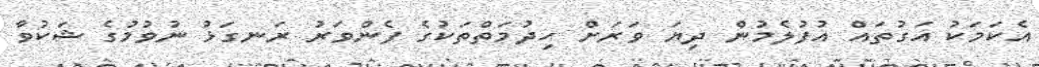
އެކަމަކު އަގުތައް އުފުލެމުން ދިޔަ ވަރަށް ހިދުމަތްތަކުގެ ފެންވަރު ރަނގަޅު ނުވުމުގެ ޝަކުވާ